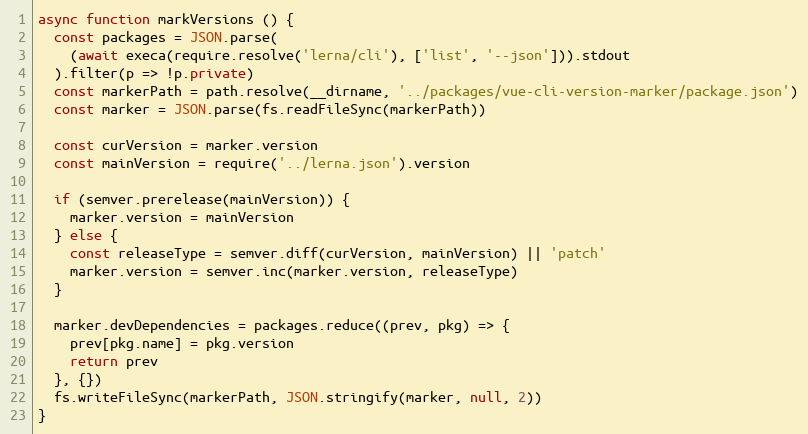
Language: JavaScript
async function markVersions () {
  const packages = JSON.parse(
    (await execa(require.resolve('lerna/cli'), ['list', '--json'])).stdout
  ).filter(p => !p.private)
  const markerPath = path.resolve(__dirname, '../packages/vue-cli-version-marker/package.json')
  const marker = JSON.parse(fs.readFileSync(markerPath))

  const curVersion = marker.version
  const mainVersion = require('../lerna.json').version

  if (semver.prerelease(mainVersion)) {
    marker.version = mainVersion
  } else {
    const releaseType = semver.diff(curVersion, mainVersion) || 'patch'
    marker.version = semver.inc(marker.version, releaseType)
  }

  marker.devDependencies = packages.reduce((prev, pkg) => {
    prev[pkg.name] = pkg.version
    return prev
  }, {})
  fs.writeFileSync(markerPath, JSON.stringify(marker, null, 2))
}